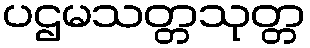
ပဌမသတ္တသုတ္တ